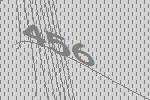
456